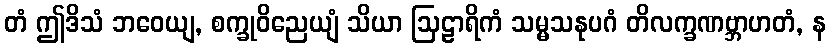
တံ ဤဒိသံ ဘဝေယျ, စက္ခုဝိညေယျံ သိယာ ဩဠာရိကံ သမ္မသနုပဂံ တိလက္ခဏဗ္ဘာဟတံ, န